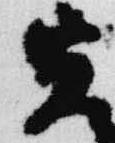
寅